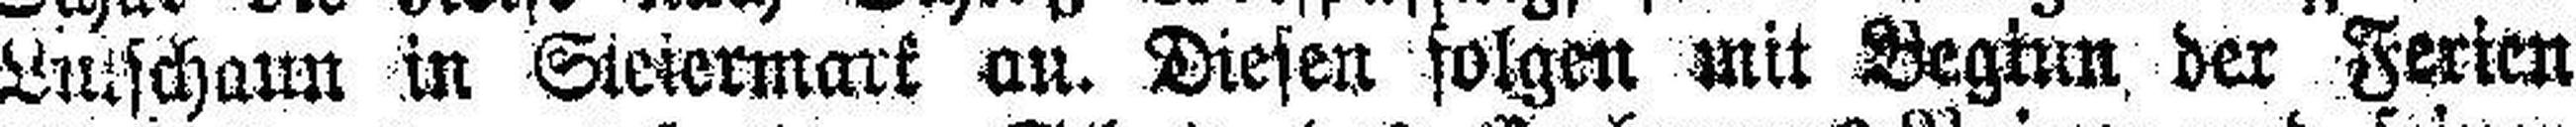
Lu###schaun in Sieiermark an. Diesen folgen mit Beginn der Ferien